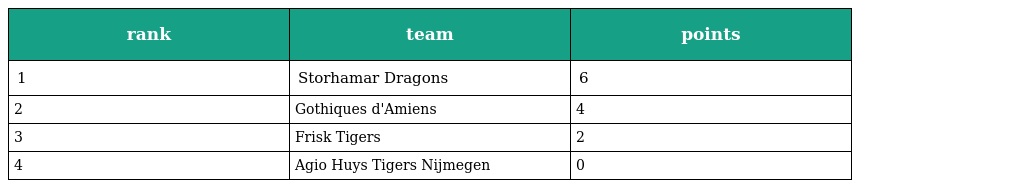
| rank | team | points |
 | --- | --- | --- |
 | 1 | Storhamar Dragons | 6 |
 | 2 | Gothiques d'Amiens | 4 |
 | 3 | Frisk Tigers | 2 |
 | 4 | Agio Huys Tigers Nijmegen | 0 |